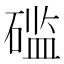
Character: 𰧔